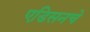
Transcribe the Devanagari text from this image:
एडिसनचे